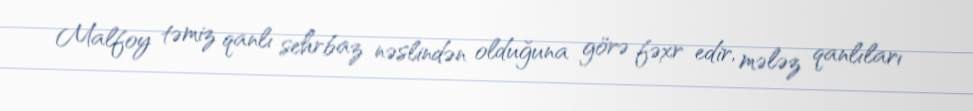
Malfoy təmiz qanlı sehrbaz nəslindən olduğuna görə fəxr edir, mələz qanlıları